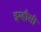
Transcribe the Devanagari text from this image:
इम्हौसी